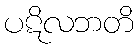
ပဋိလဘတိ